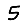
Digit: 5